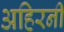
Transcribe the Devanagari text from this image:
अहिरनी